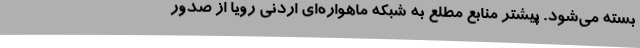
بسته می‌شود. پیشتر منابع مطلع به شبکه ماهواره‌ای اردنی رویا از صدور